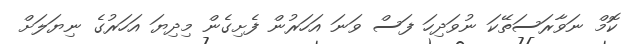
ކޮމް ނަވާރަސަތޭކަ ނުވަދިހަ ފަސް ވަނަ އަހަރުން ފެށިގެން މިދިޔަ އަހަރުގެ ނިޔަލަށް